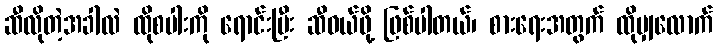
ဆီလိုတဲ့အခါလဲ ထိုစပါးကို ရောင်းပြီး ဆီဝယ်ဖို့ ဖြစ်ပါတယ်၊ စားရေးအတွက် ထိုမျှလောက်